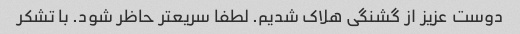
دوست عزیز از گشنگی هلاک شدیم. لطفا سریعتر حاظر شود. با تشکر